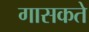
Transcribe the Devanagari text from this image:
गासकते